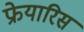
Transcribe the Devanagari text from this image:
फ्रेयारिस